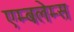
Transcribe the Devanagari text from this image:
एम्बलेम्स